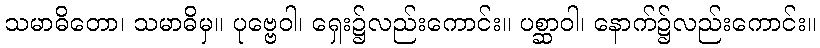
သမာဓိတော၊ သမာဓိမှ။ ပုဗ္ဗေဝါ၊ ရှေး၌လည်းကောင်း။ ပစ္ဆာဝါ၊ နောက်၌လည်းကောင်း။